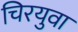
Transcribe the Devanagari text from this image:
चिरयुवा